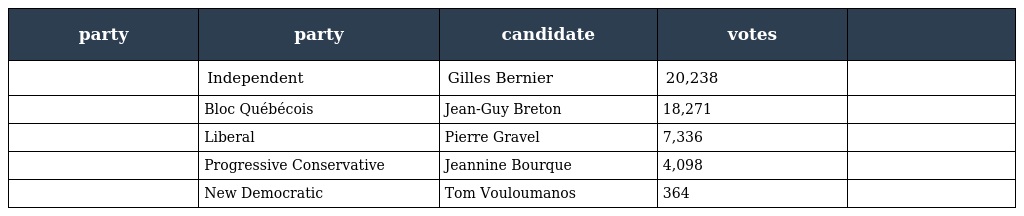
| party | party | candidate | votes |  |
 | --- | --- | --- | --- | --- |
 |  | Independent | Gilles Bernier | 20,238 |  |
 |  | Bloc Québécois | Jean-Guy Breton | 18,271 |  |
 |  | Liberal | Pierre Gravel | 7,336 |  |
 |  | Progressive Conservative | Jeannine Bourque | 4,098 |  |
 |  | New Democratic | Tom Vouloumanos | 364 |  |